Martna_vallavalitsus, lk 13
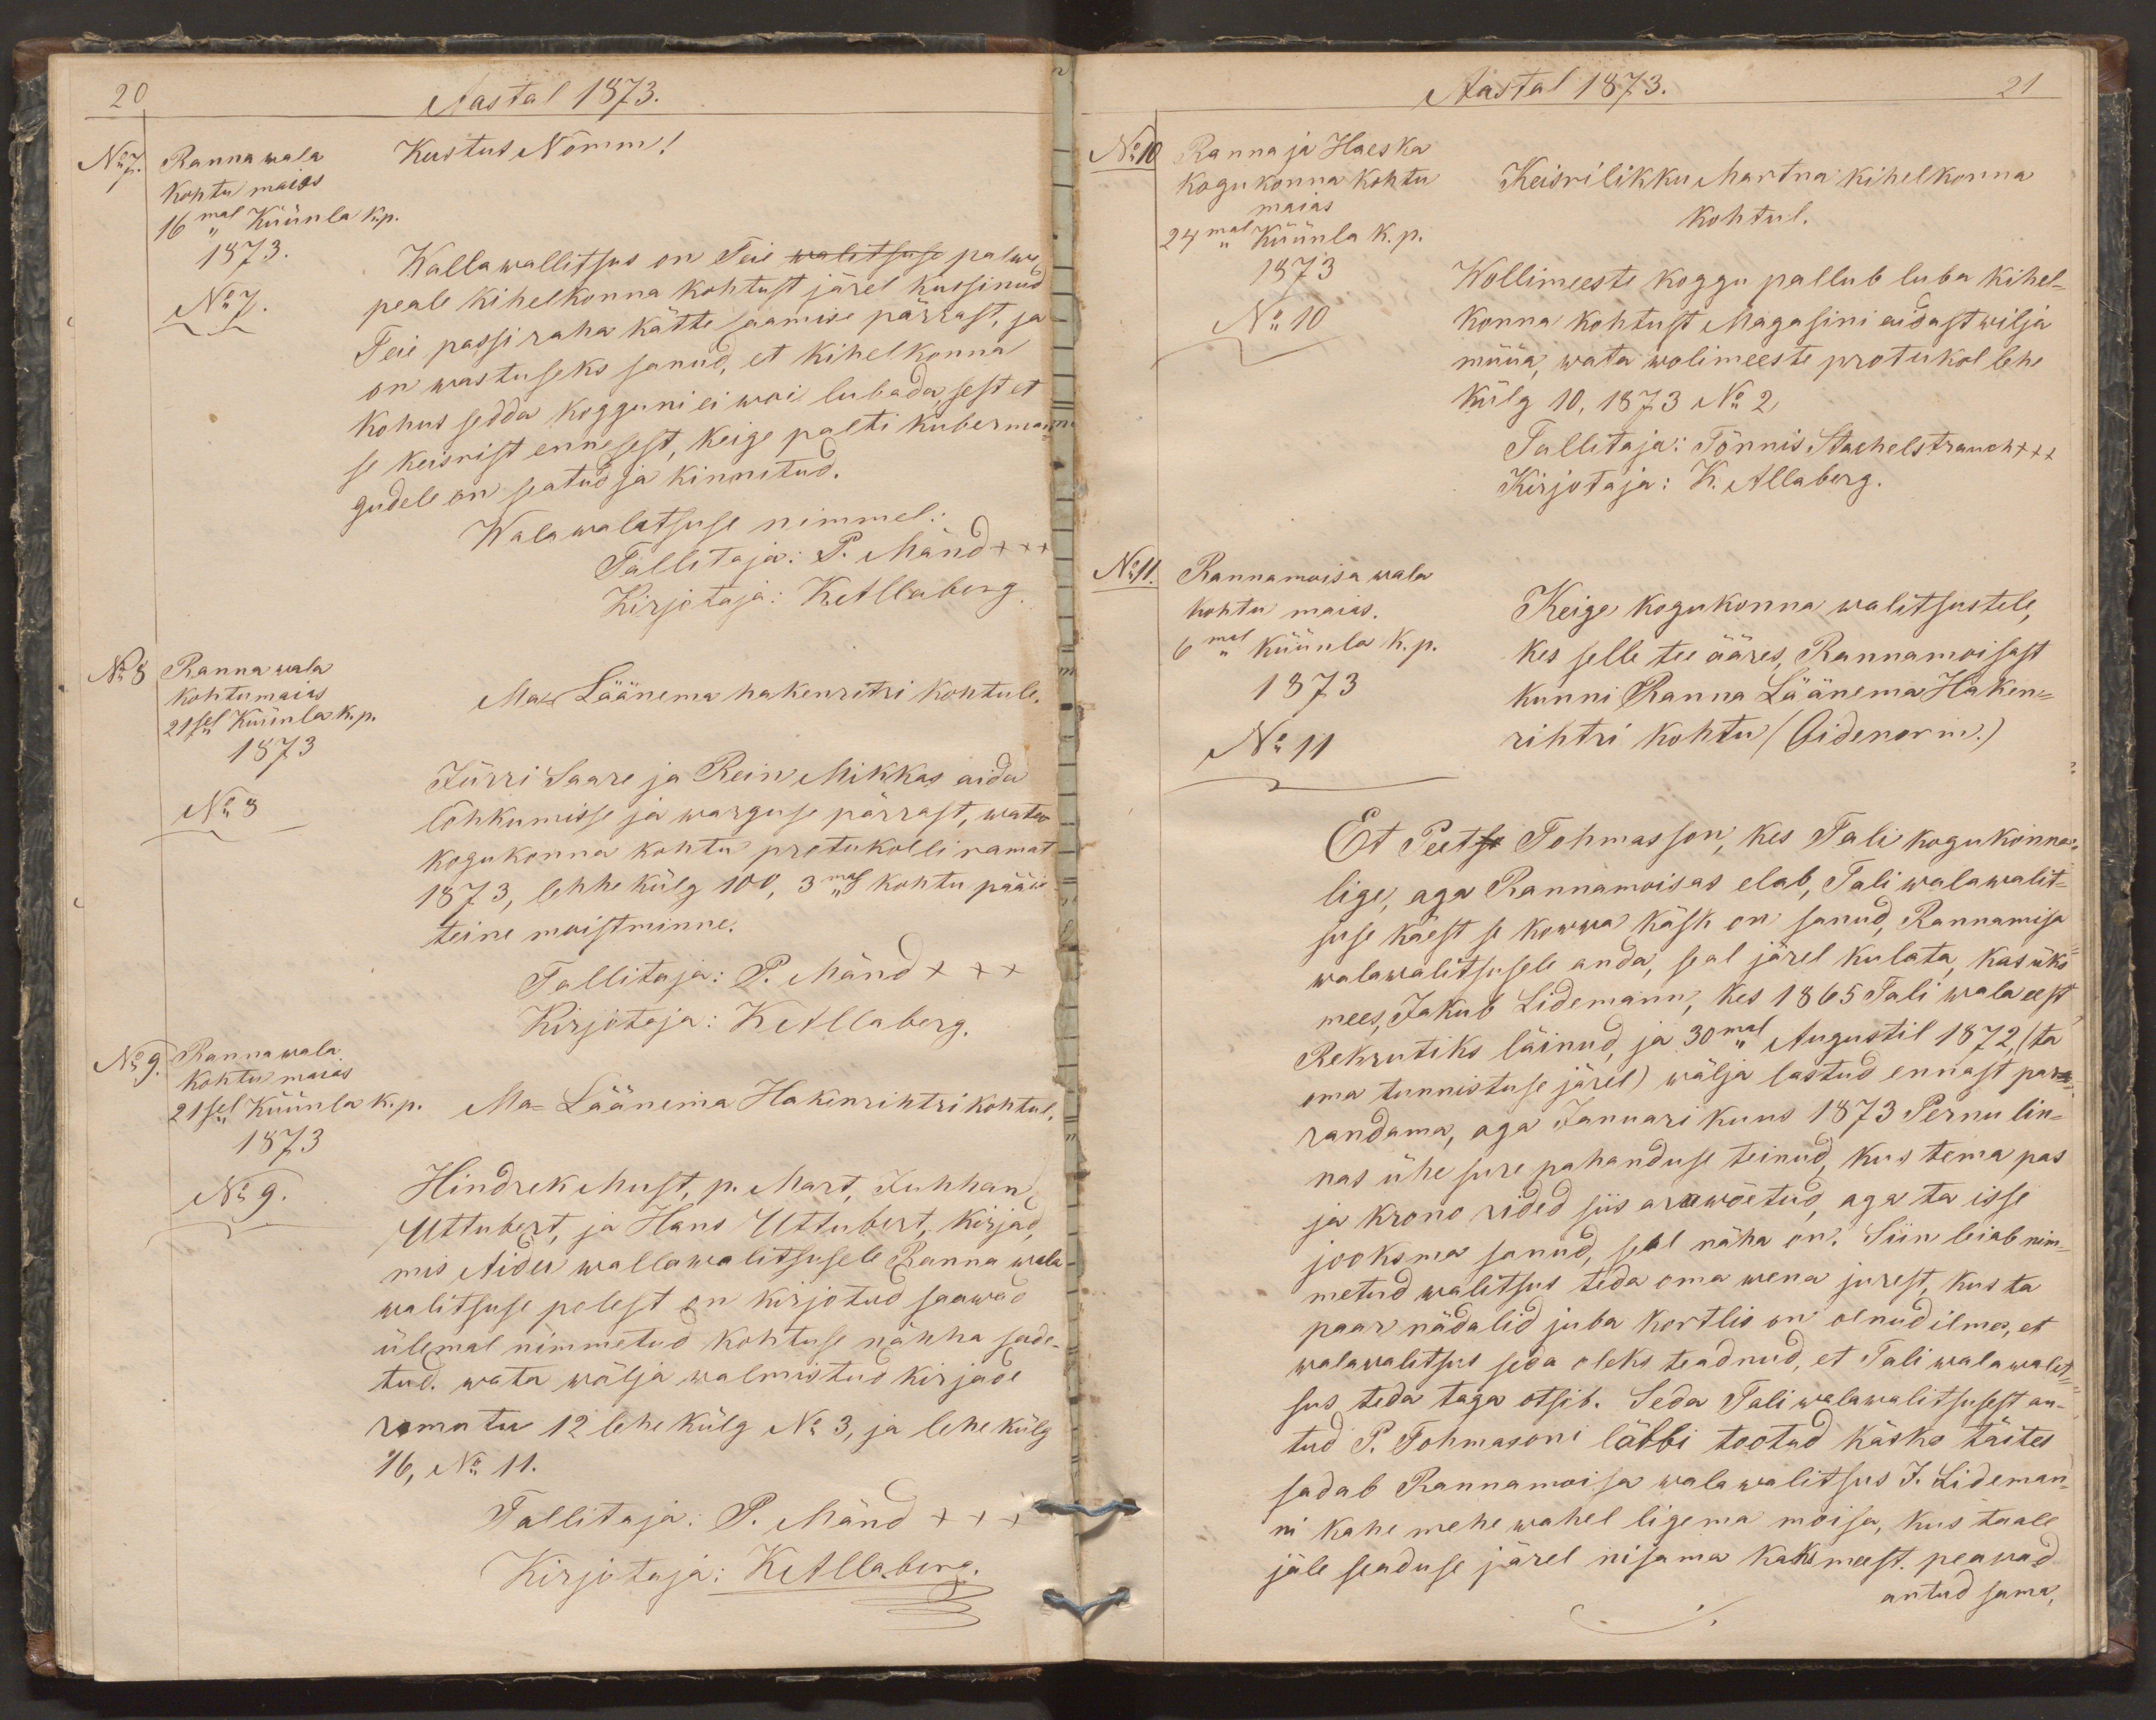
20
Aastal 1873.
No7.
Ranna wala
Kustus Nõmm!
kohtu maias
16mal Küünla k.p.
1873.
Wallawallitsus on Teie walitsuse palwe,
No 7.
peale kihelkonna kohtust järel küssinud
Teie passi raha kätte saamise pärrast, ja
on wastuseks sanud, et kihelkonna
kohus sedda kogguni ei woi lubada, sest et
se keisrist ennesest, keige palti kuberman-
gudele on seatud ja kinnitud.
Walawalitsuse nimmel:
Tallitaja: P. Mänd xxx
Kirjotaja: KAllaberg
No 8
Ranna wala
kohtu maias
Ma-Läänema hakenritri kohtule.
21sel Küünla k.p.
1873
Jürri Saare ja Rein Mikkas aida
No 8
lõhkumisse ja warguse pärrast, wata
kogukonna kohtu protukolli ramat
1873, lehhe külg 100, 3mas kohtu pääw
teine moistminne.
Tallitaja: P. Mänd xxx
Kirjotaja: KAllaberg.
No 9.
Ranna wala
kohtu maias
21sel Küünla k.p.
Ma- Läänema Hakenrihtri kohtul.
1873
No 9.
Hindrek Must, p. Mart, Juhhan
Uttubert, ja Hans Uttubert, kirjad,
mis Aidu wallawalitsusele Ranna wala-
walitsuse polest on kirjotud saawad
ülemal nimmetud kohtuse nähha sade-
tud. wata wälja walmistud kirjade
ramatu 12 lehe külg No 3, ja lehe külg
16, No 11.
Tallitaja: P. Mänd xxx
Kirjotaja: KAllaberg.

Aastal 1873.
21
No10
Ranna ja Haeska
kogukonna kohtu
Keisrilikku Martna kihelkonna
maias
kohtul.
24mal Küünla k. p.
1873
Wollimeeste koggu pallub luba kihel-
No 10
konna kohtust Magasini aidast wilja
müüa, wata wolimeeste protukol lehe
külg 10, 1873 No 2
Tallitaja: Tõnnis Stachelstrauch xxx
Kirjotaja: K. Allaberg.
Rannamoisa wala
No11.
kohtu maias.
Keige kogukonna walitsustele,
6mal küünla k.p.
kes selle tee ääres, Rannamoisast
1873
kunni Ranna Läänema Haken-
No 11
rihtri kohtu (Oidenorm.)
Et Peetso Tohmasson, kes Tali kogukonna
lige, aga Rannamoisas elab, Tali walawalit-
suse käest se kowwa käsk on sanud, Rannamisa
walawalitsusele anda, seal järel kulata, kas üks
mees, Jakub Lidemann, kes 1865 Tali wala eest
Rekrutiks läinud, ja 30mal Augustil 1872, (ta
oma tunnistuse järel) wälja lastud ennast par-
randama, aga Januari kuus 1873 Pernu lin-
nas ühe sure pahanduse teinud, kus tema pas
ja krono rided siis arawõetud, aga ta isse
jooksma sanud, seal näha on. Siin leiab nim-
metud walitsus teda oma wena jurest, kus ta
paar nädalid juba kortlis on olnud ilma, et
walawalitsus seda oleks teadnud, et Tali walawalit-
sus teda taga otsib. Seda Tali walawalitsusest an-
tud P. Tohmasoni läbbi tootud käsko täites
sadab Rannamoisa walawalitsus J. Lideman-
ni kahe mehe wahel ligema moisa, kus taale
jäle seaduse järel nisama kaks meest peawad
antud sama,